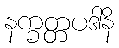
နက္ခတ္တပဒါနိ